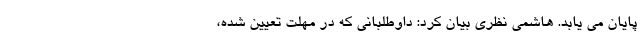
پایان می یابد. هاشمی نظری بیان کرد: داوطلبانی که در مهلت تعیین شده،